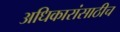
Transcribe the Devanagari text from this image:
अधिकारांसाठीच